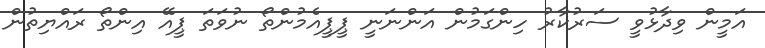
އަމީން ވިދާޅުވީ ސަރުކާރު ހިންގަމުން އަންނަނީ ޕީޕީއެމުންތޯ ނުވަތަ ޕީއޭ އިންތޯ ރައްޔިތުން